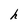
Character: h